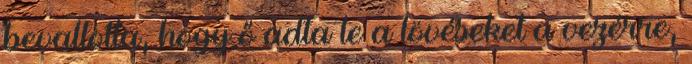
bevallotta, hogy ő adta le a lövéseket a vezérre,